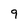
Character: 9